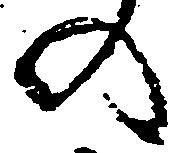
の